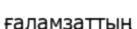
ғаламзаттың